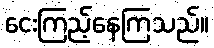
ငေးကြည့်နေကြသည်။